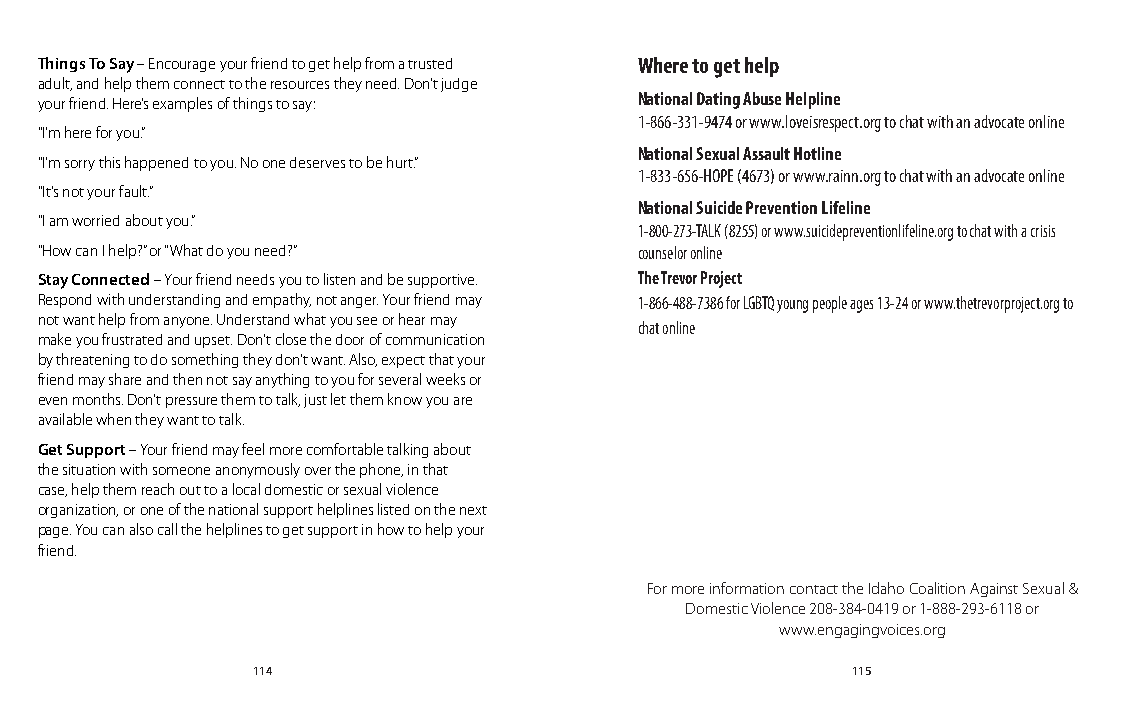
Things To Say – Encourage your friend to get help from a trusted Where to get help
 adult, and help them connect to the resources they need. Don’t judge
 your friend. Here’s examples of things to say: National Dating Abuse Helpline
 1-866-331-9474 or www.loveisrespect.org to chat with an advocate online
 “I’m here for you.”
 National Sexual Assault Hotline
 “I’m sorry this happened to you. No one deserves to be hurt.”
 1-833-656-HOPE (4673) or www.rainn.org to chat with an advocate online
 “It’s not your fault.”
 National Suicide Prevention Lifeline
 “I am worried about you.”
 1-800-273-TALK (8255) or www.suicidepreventionlifeline.org to chat with a crisis
 “How can I help?” or “What do you need?” counselor online
 Stay Connected – Your friend needs you to listen and be supportive. The Trevor Project
 Respond with understanding and empathy, not anger. Your friend may 1-866-488-7386 for LGBTQ young people ages 13-24 or www.thetrevorproject.org to
 not want help from anyone. Understand what you see or hear may
 chat online
 make you frustrated and upset. Don’t close the door of communication
 by threatening to do something they don’t want. Also, expect that your
 friend may share and then not say anything to you for several weeks or
 even months. Don’t pressure them to talk, just let them know you are
 available when they want to talk.
 Get Support – Your friend may feel more comfortable talking about
 the situation with someone anonymously over the phone, in that
 case, help them reach out to a local domestic or sexual violence
 organization, or one of the national support helplines listed on the next
 page. You can also call the helplines to get support in how to help your
 friend.
 For more information contact the Idaho Coalition Against Sexual &
 Domestic Violence 208-384-0419 or 1-888-293-6118 or
 www.engagingvoices.org
 114                                    115